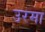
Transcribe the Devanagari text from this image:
उरमा